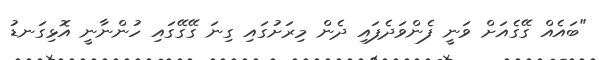
"ބައެއް ގޭގެއަށް ވަނީ ފެންވަދެފައި ދެން މިރަށުގައި ގިނަ ގޭގޭގައި ހުންނާނީ އޮޅިގަނޑު